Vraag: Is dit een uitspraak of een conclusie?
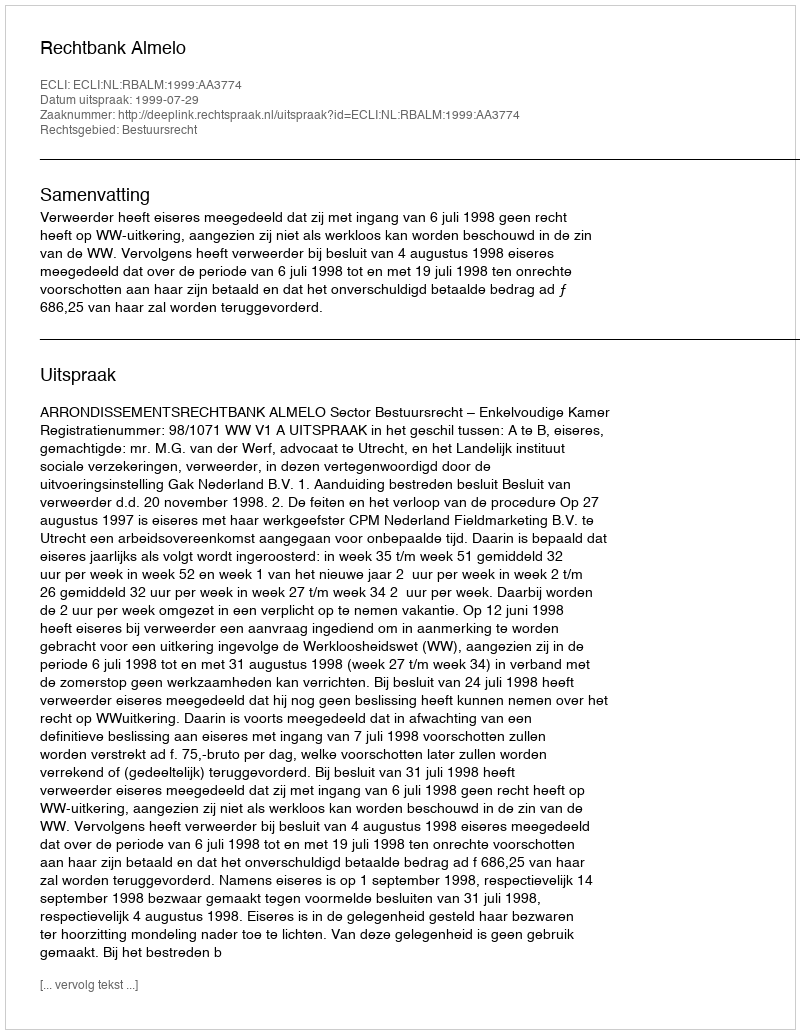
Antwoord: Uitspraak